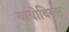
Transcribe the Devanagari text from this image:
बायोथिक्स